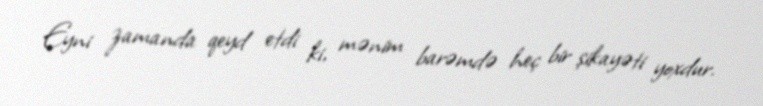
Eyni zamanda qeyd etdi ki, mənim barəmdə heç bir şikayəti yoxdur.